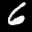
Label: 6